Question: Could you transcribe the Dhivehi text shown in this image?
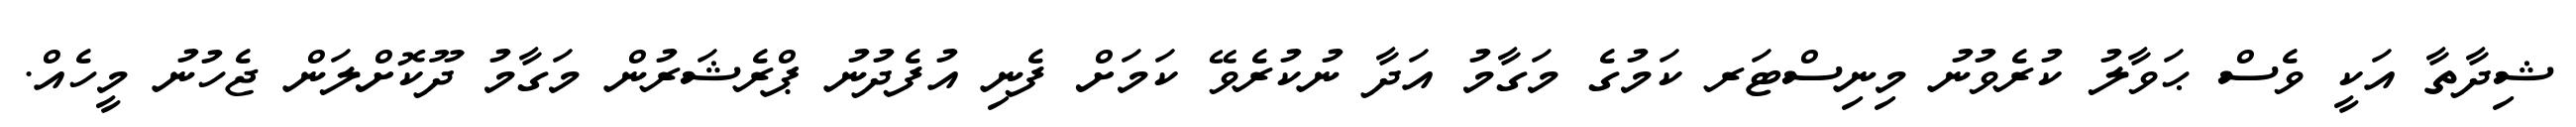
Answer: ޝިދާތާ އަކީ ވެސް ޙަވާލު ކުރެވުނު މިނިސްޓަރ ކަމުގެ މަގާމު އަދާ ނުކުރެވޭ ކަމަށް ފެނި އުފެދުނު ޕްރެޝަރުން މަގާމު ދޫކޮށްލަން ޖެހުނު މީހެއް.